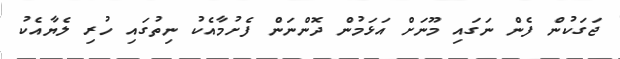
ޖަގަކުން ފެން ނަގައި މޫނަށް އަޅަމުން ދޮންނަން ފެށުމާއެކު ނިތުގައި ހުރި ލެޔާއެކު